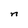
Character: n